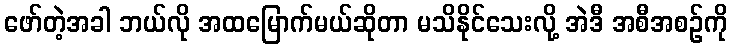
ဖော်တဲ့အခါ ဘယ်လို အထမြောက်မယ်ဆိုတာ မသိနိုင်သေးလို့ အဲဒီ အစီအစဉ်ကို